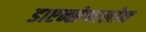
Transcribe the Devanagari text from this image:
डाएन्सेफालोन